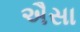
ઐસા